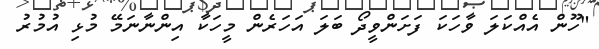
"ހޫން އެއްކަލަ ވާހަކަ ފަށަންވީދޯ ބަލަ އަހަރެން މީހަކާ އިންނާނަމޭ މުޅި އުމުރު